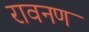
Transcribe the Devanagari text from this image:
रावनण